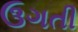
ઉગતી